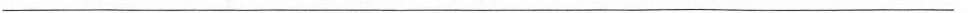
___